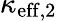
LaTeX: \kappa_{\mathrm{eff},2}